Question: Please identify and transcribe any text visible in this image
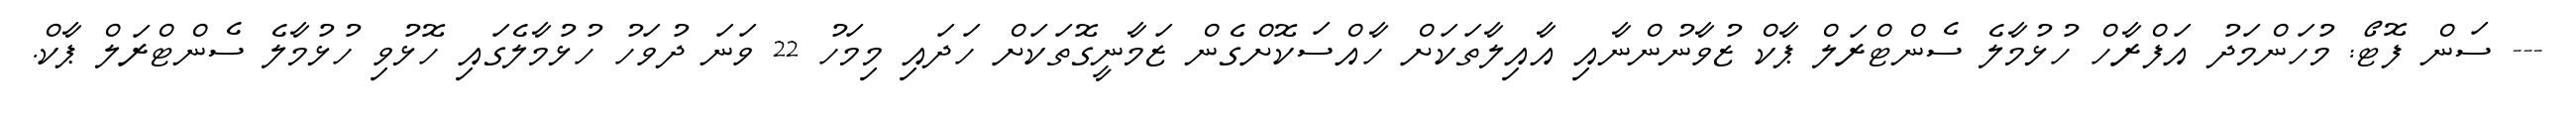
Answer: --- ސަން ފޮޓޯ: މުހަންމަދު އަފްރާހް ހުޅުމާލެ ސެންޓްރަލް ޕާކް ޒުވާނުންނާއި އާއިލާތަކަށް ހާއްސަކޮށްގެން ޒަމާނީގޮތަކަށް ހަދައި މިމަހު 22 ވަނަ ދުވަހު ހުޅުމާލެގައި ހޮޅުވި ހުޅުމާލެ ސެންޓްރަލް ޕާކް.